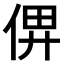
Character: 𠉶